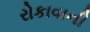
રોકાવાની